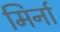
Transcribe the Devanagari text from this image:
मिर्ना